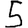
Digit: 5